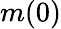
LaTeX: m(0)